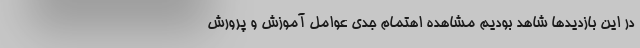
در این بازدیدها شاهد بودیم مشاهده اهتمام جدی عوامل آموزش و پرورش